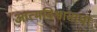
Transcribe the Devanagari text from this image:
आत्मविश्वासाचा